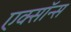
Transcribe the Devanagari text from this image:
एक्सॉन्स